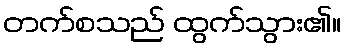
တက်စသည် ထွက်သွား၏။